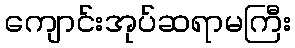
ကျောင်းအုပ်ဆရာမကြီး